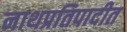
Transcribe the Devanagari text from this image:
नाथप्रतिपादीत